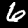
Label: 6